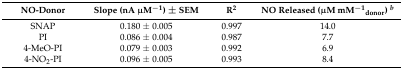
<table><thead><tr><td><b>NO-Donor</b></td><td><b>Slope (nA μM<sup>−1</sup>) ± SEM</b></td><td><b>R<sup>2</sup></b></td><td><b>NO Released (μM mM<sup>−1</sup><sub>donor</sub>) <i><sup>b</sup></i></b></td></tr></thead><tbody><tr><td>SNAP</td><td>0.180 ± 0.005</td><td>0.997</td><td>14.0</td></tr><tr><td>PI</td><td>0.086 ± 0.004</td><td>0.987</td><td>7.7</td></tr><tr><td>4-MeO-PI</td><td>0.079 ± 0.003</td><td>0.992</td><td>6.9</td></tr><tr><td>4-NO<sub>2</sub>-PI</td><td>0.096 ± 0.005</td><td>0.993</td><td>8.4</td></tr></tbody></table>